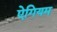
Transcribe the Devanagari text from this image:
ऐगियम